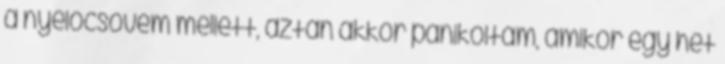
a nyelőcsövem mellett, aztán akkor pánikoltam, amikor egy hét